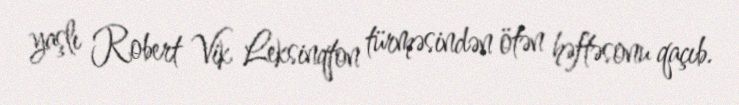
yaşlı Robert Vik Leksinqton türməsindən ötən həftəsonu qaçıb.